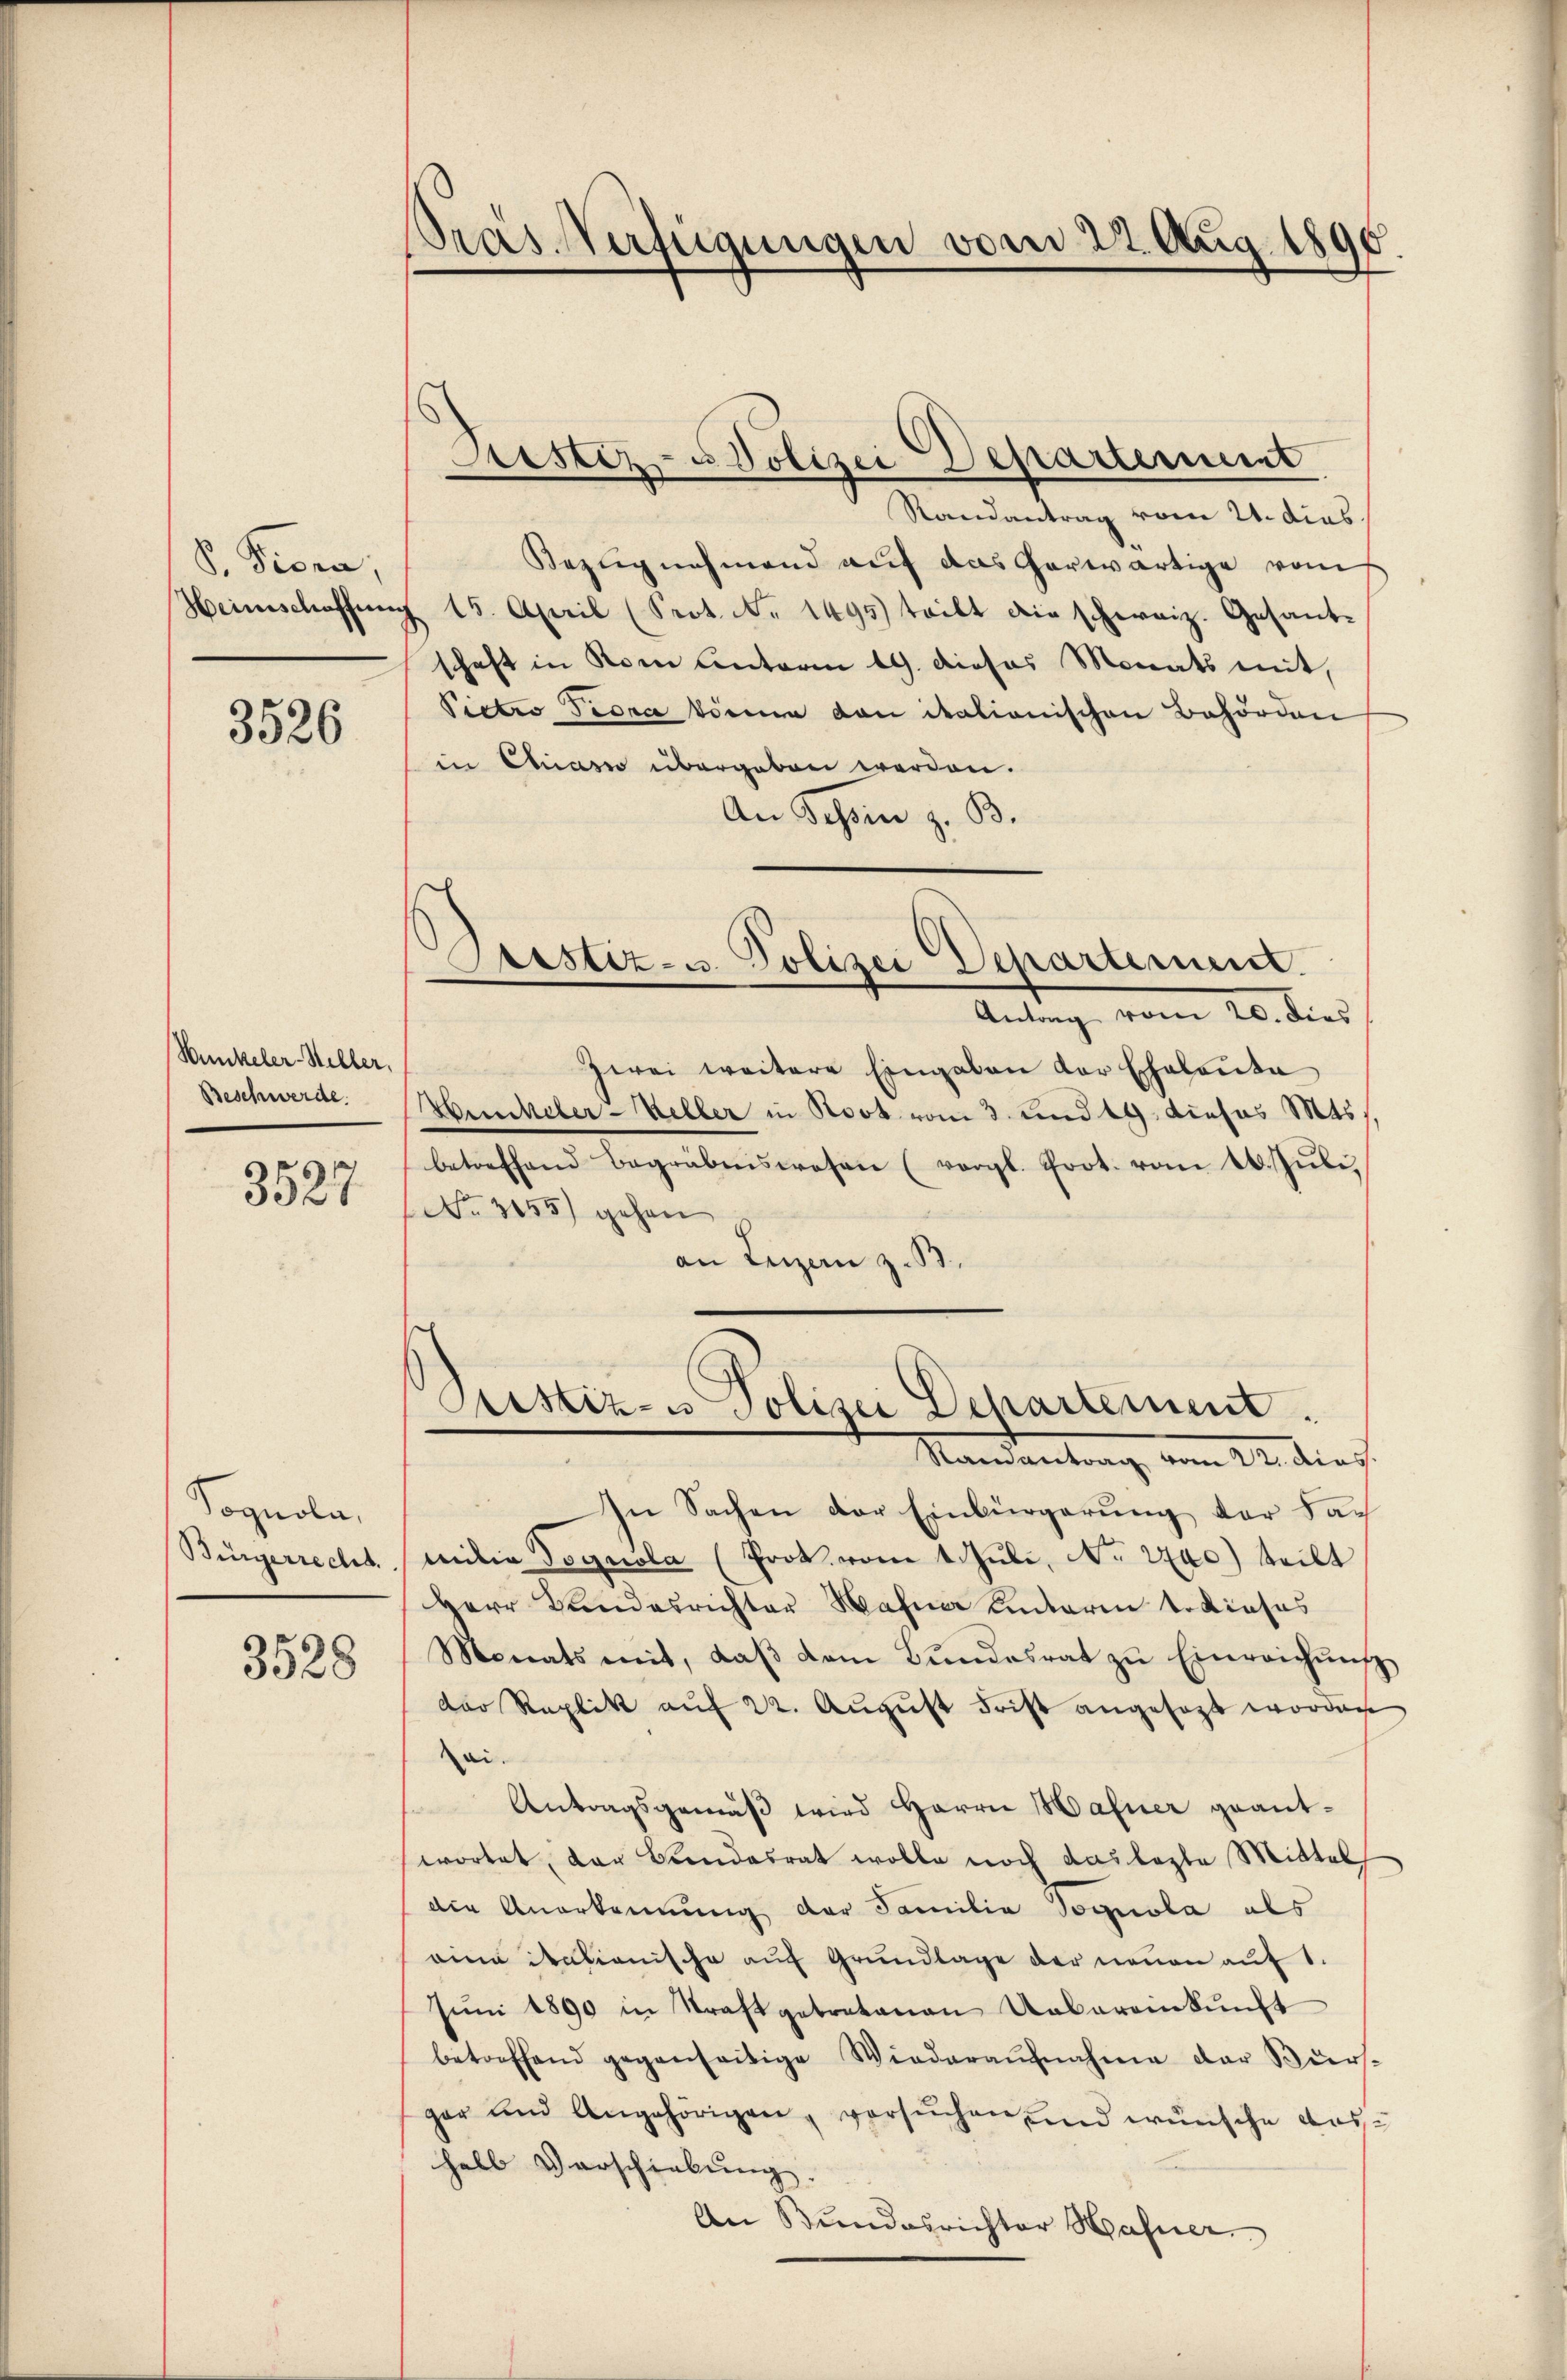
S. Peora,
Heinschaffung

3526

Wunkeler-Steller,
Beschwerde.

3527

Sognola,
Bürgerrecht.

3528

Pras-Verfügungen vom 22. Aug. 1896.

Justiz- Polizei Departement

Randantrag vom 24. dies
Bezugnahmend auf das herwärtige vom
§ 15. April (Seot. No 1495) teilt die schweiz. Gesantschaft in Rom Unterm 19. dieses Monats mit,
Pietro Fedia könne von italionischen Behörden
in Quasi übergeben werden.
An Schön z. B.
Antrag vom 20. dies
zwei weitere Eingaben der Echalenta
Hunkeler-Keller in Root vom 3. und 19. dieses Mts.
betreffend Begräbenswesen (vergl. Prot. vom 16. Juli,
No. 3155) gehen
an Luzern z.B.
Justiz- u. Polizei Departement.
Mandantrag vom 22. dies
In Sachen der Einbürgerung der Familia Dognola (Prok. vom 1. Juli, No 2740) teilt
Herr Landesrichter Wahn hinterm to dieses
Monats mit, daβ dem Bŭndesrat zŭ Einreichŭng
Der Replik auf 22. August Frist angesagt worden
ai.
Antragsgemäß wird Herrn Hafner geantwortet, der Bundesrat wolle noch das lezte Mittel
die Anerkennung der Familia Tognola als
eine italienische auf Grundlage der neuen auf 1.
Jŭni 1890 in Straft getretenen Uebereinkunft
betreffend gegenseitige Wiederaŭfnahme der Bür
gar und Angehörigen, versŭchen und wünsche das
halb Verschiebung.
An Bundesrichter Hafner

.
Osstiz- u. Polizei Separtement.